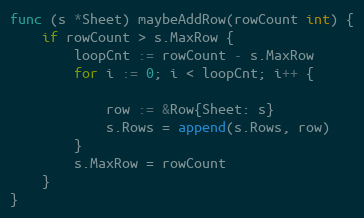
Language: Go
func (s *Sheet) maybeAddRow(rowCount int) {
	if rowCount > s.MaxRow {
		loopCnt := rowCount - s.MaxRow
		for i := 0; i < loopCnt; i++ {

			row := &Row{Sheet: s}
			s.Rows = append(s.Rows, row)
		}
		s.MaxRow = rowCount
	}
}